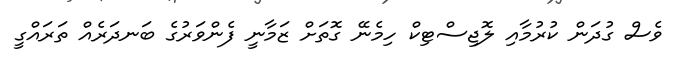
ވެސް ގުދަން ކުރުމާއި ލޮޖިސްޓިކް ހިމެނޭ ގޮތަށް ޒަމާނީ ފެންވަރުގެ ބަނދަރެއް ތަރައްގީ